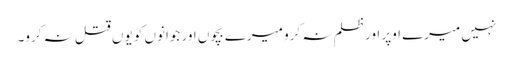
نہیں میرے اوپر اور ظلم نہ کرو میرے بچوں اور جوانوں کو یوں قتل نہ کرو۔